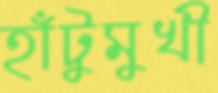
হাঁটুমুখী